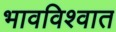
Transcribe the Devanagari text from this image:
भावविश्‍वात